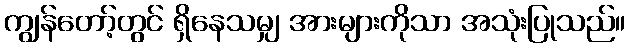
ကျွန်တော့်တွင် ရှိနေသမျှ အားများကိုသာ အသုံးပြုသည်။